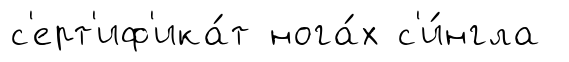
с'ерт'иф'ика́т нога́х с'и́нгла